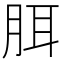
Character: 䏪